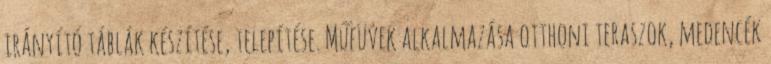
irányító táblák készítése, telepítése. Műfüvek alkalmazása otthoni teraszok, medencék